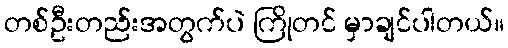
တစ်ဦးတည်းအတွက်ပဲ ကြိုတင် မှာချင်ပါတယ်။